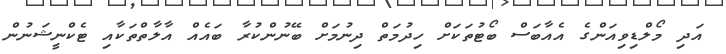
އަދި މޯލްޑިވިއަންގެ އެއާބަސް ބޯޓުތަކަށް ހިދުމަތް ދިނުމަށް ބޭނުންކުރާ ބައެއް އާލާތްތަކާއި ޓެކްނީޝަނުން